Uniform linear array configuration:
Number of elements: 8
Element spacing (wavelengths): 0.5
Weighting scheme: hann
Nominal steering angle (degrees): -30
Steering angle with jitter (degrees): -28.724
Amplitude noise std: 0.05
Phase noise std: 0.05

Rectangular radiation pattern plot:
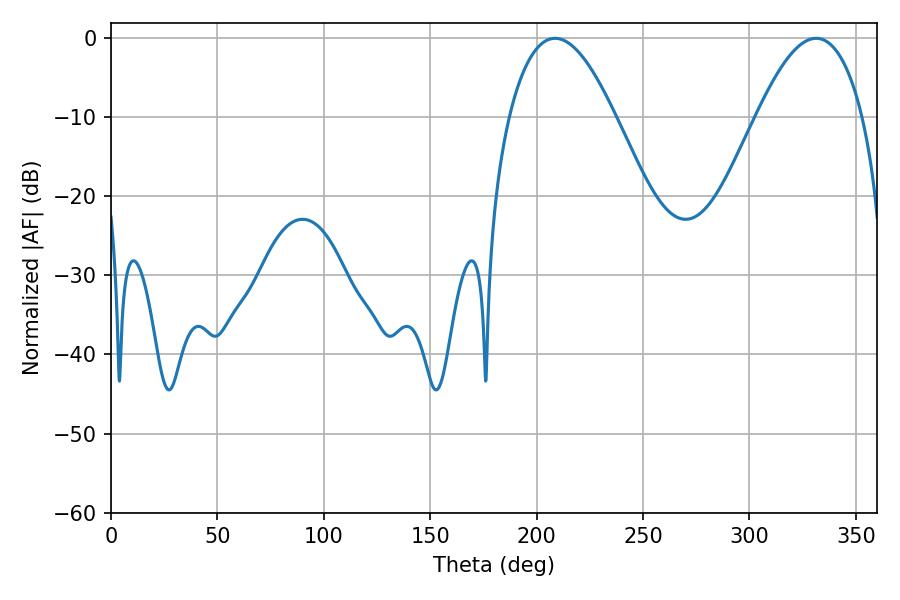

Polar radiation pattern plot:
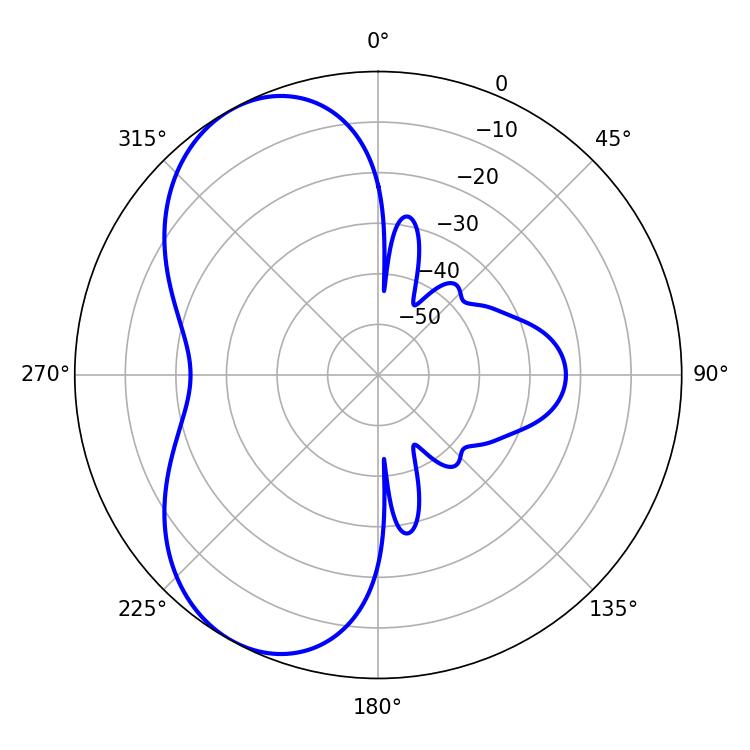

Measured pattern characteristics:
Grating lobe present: FALSE
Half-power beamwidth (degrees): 27.36
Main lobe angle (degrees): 208.62